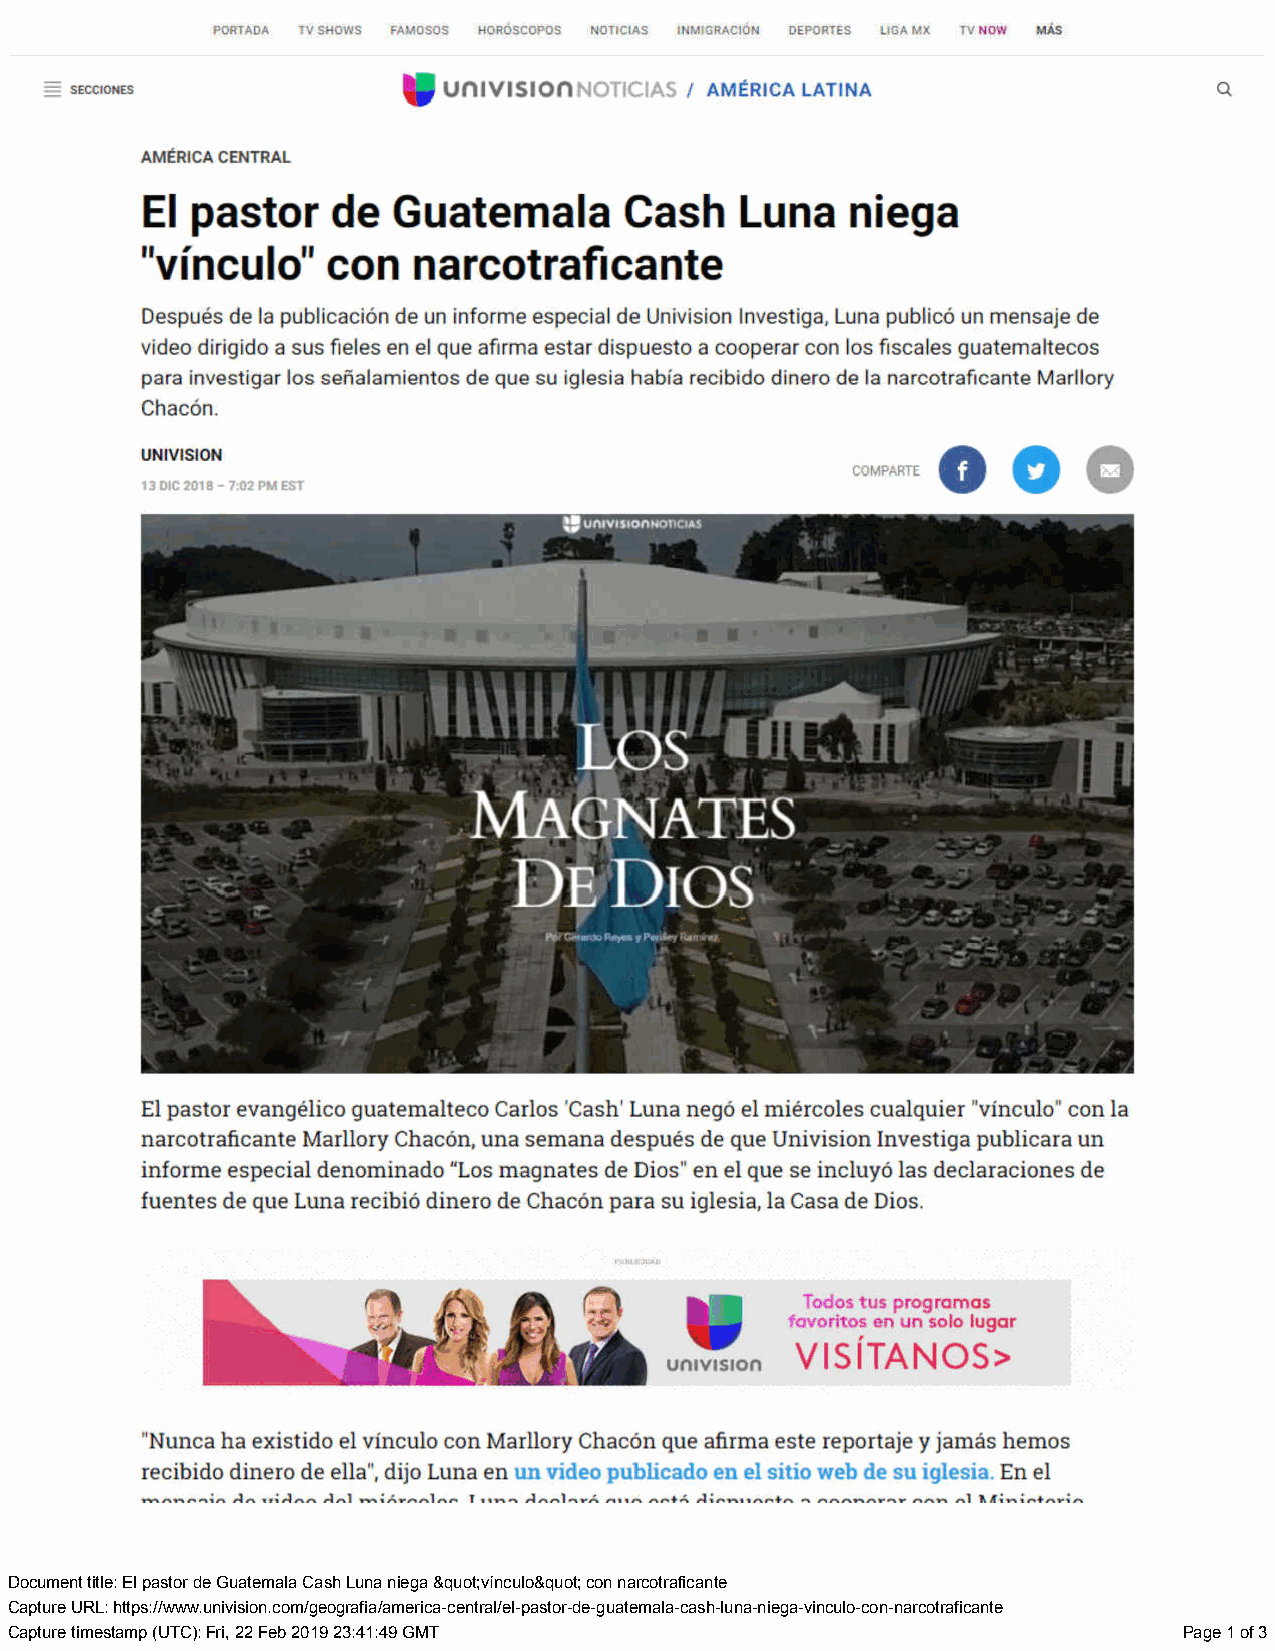
Document title: El pastor de Guatemala Cash Luna niega &quot;vínculo&quot; con narcotraficante
 Capture URL: https://www.univision.com/geografia/america-central/el-pastor-de-guatemala-cash-luna-niega-vinculo-con-narcotraficante
 Capture timestamp (UTC): Fri, 22 Feb 2019 23:41:49 GMT                        Page 1 of 3